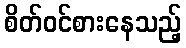
စိတ်ဝင်စားနေသည့်